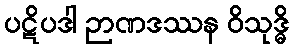
ပဋိပဒါ ဉာဏဒဿန ဝိသုဒ္ဓိ